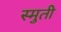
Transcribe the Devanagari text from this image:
स्मुती